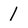
Character: 1